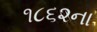
૧૮૬૨ના